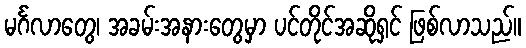
မင်္ဂလာတွေ၊ အခမ်းအနားတွေမှာ ပင်တိုင်အဆိုရှင် ဖြစ်လာသည်။